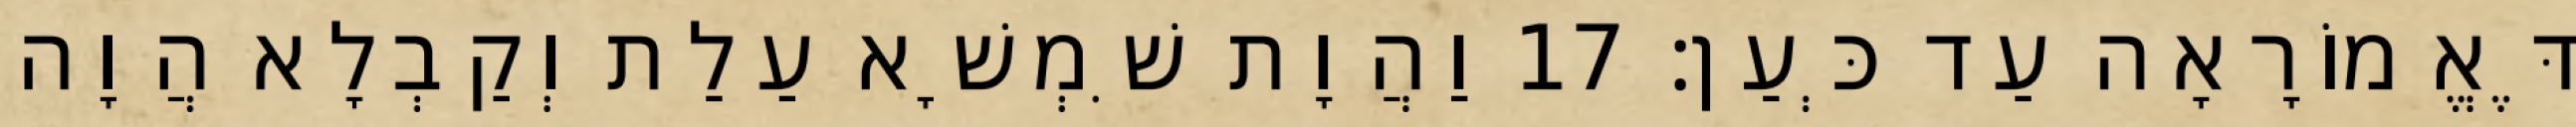
דֶּאֱמוֹרָאָה עַד כְּעַן׃ 17 וַהֲוָת שִׁמְשָׁא עַלַת וְקַבְלָא הֲוָה